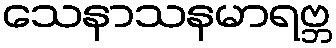
သေနာသနမာရဗ္ဘ